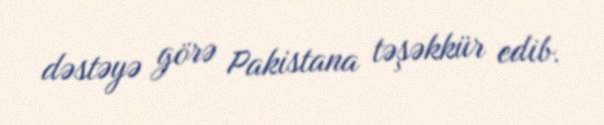
dəstəyə görə Pakistana təşəkkür edib.